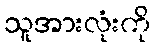
သူအားလုံးကို